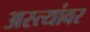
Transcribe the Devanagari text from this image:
अस्त्यांवर